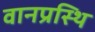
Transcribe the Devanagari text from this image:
वानप्रस्थि